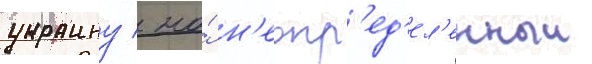
украину / на́ н'еопр'ед'ел'енныи